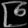
Digit: ၉